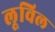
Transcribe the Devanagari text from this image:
लूविल